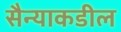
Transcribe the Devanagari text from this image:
सैन्याकडील